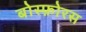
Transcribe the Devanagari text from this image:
बोस्फ़ोरस